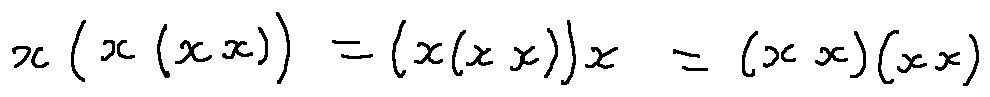
x ( x ( x x ) ) = ( x ( x x ) ) x = ( x x ) ( x x )